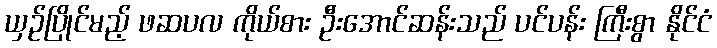
ယှဉ်ပြိုင်မည့် ဖဆပလ ကိုယ်စား ဦးအောင်ဆန်းသည် ပင်ပန်း ကြီးစွာ နိုင်ငံ